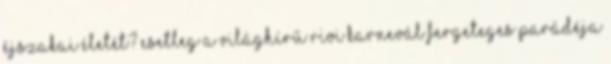
éjszakai életét? Esetleg a világhírű Rioi Karnevál fergeteges parádéja